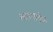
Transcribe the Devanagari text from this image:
सारंगीची